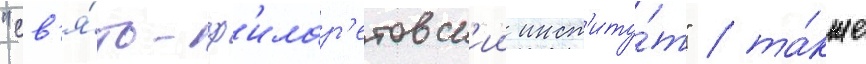
"св'я́то-ф'илар'етовск'ии инст'иту́т" / та́кже